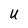
Character: U